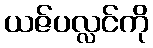
ယဇ်ပလ္လင်ကို